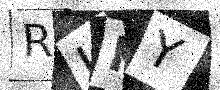
Text: RUKY